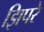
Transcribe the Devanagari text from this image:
झिपरे